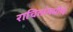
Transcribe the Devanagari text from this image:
राचितांमधील